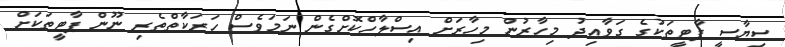
ސިިިޔާސީ ޕާޓީތަކުގެ ގަވާއިދު މިހާރުން މިހާރަށް އިސްލާހްކޮށްގެން ނަމަވެސް ހަރަކާތްތެރި ނޫން ޕާޓީތަކަށް